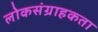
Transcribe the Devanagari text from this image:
लोकसंग्राहकता